system: You are a helpful assistant.
user:
Analyze the provided spectrum to determine if it is a **White Dwarf (WD)**.

A White Dwarf spectrum is defined by its **extreme purity** (due to gravitational settling) and/or **extreme pressure broadening** (due to high surface gravity). You must check for one of the following mutually exclusive signatures:

- **Key Visual Indicators (Check for ONE of these types):**

    - **1. DA-Type Signature (Most Common):**
        - **(Primary Feature):** Extreme pressure broadening (Stark broadening) of the **Hydrogen (H) Balmer lines**.
        - **(Key Lines):** $H\beta$ (approx. $4861$ Å) and $H\gamma$ (approx. $4340$ Å). $H\alpha$ (approx. $6563$ Å) will also be present if the wavelength range covers it.
        - **(Line Profile):** This is the **defining feature**. The lines are **NOT** sharp. They appear as massive, **extremely broad and deep "troughs" or "dips"** in the spectrum, often hundreds of Ångströms wide. The continuum will appear to "scoop" down at these wavelengths.
        - **(Distinction):** Normal A-type or B-type stars have *narrow* and *sharp* Hydrogen lines. A DA White Dwarf's lines are unmistakably "smeared" or "blurry" from pressure.

    - **2. DB-Type Signature:**
        - **(Primary Feature):** Broad absorption lines from **Neutral Helium (He I)**. The spectrum must lack any visible Hydrogen lines.
        - **(Key Lines):** Look for broad absorption near $4471$ Å, $4921$ Å, and $5876$ Å.
        - **(Line Profile):** These lines are also significantly pressure-broadened, appearing much wider than they would in a normal B-type main-sequence star.

    - **3. DC-Type Signature:**
        - **(Primary Feature):** A **featureless continuous spectrum**.
        - **(Line Profile):** The spectrum is a smooth curve with **no significant absorption or emission lines**.
        - **(Key Confirmation):** The continuum is almost always **blue or white**, indicating a hot object. This signature implies the atmosphere is so pure (or so cool) that no spectral lines are visible in the optical range. Its WD identity is confirmed by its extremely low intrinsic brightness (high absolute magnitude).

    - **4. DZ-Type Signature (Metal-Polluted):**
        - **(Primary Feature):** **Isolated, narrow metal absorption lines** on an otherwise featureless (DC-like) continuum.
        - **(Key Lines):** The **Calcium (Ca II) H & K doublet** (approx. **$3934$ Å** and **$3968$ Å**) is the most common and defining feature.
        - **(Line Profile):** These lines are "out of place." They are *not* part of a "forest" of thousands of lines. This signature is evidence of recent *accretion* (pollution) from rocky debris.
        - **(Distinction):** Normal G/K/M stars have a *dense forest* of thousands of metal lines. A DZ has a *clean* continuum with *only a few* strong metal lines.

    - **5. DQ-Type Signature (Carbon-Polluted):**
        - **(Primary Feature):** Absorption bands from **Carbon (C₂ "Swan Bands" or atomic C I)**.
        - **(Key Lines - C₂):** Look for bandheads with a "saw-tooth" shape near $5635$ Å, **$5165$ Å** (strongest), and $4737$ Å.
        - **(Key Confirmation):** The underlying **continuum must be blue or white** (hot).
        - **(Distinction):** This is the critical difference from a **Carbon Star**, which has the *exact same* C₂ bands but on an extremely **red, cool** continuum.

- **(Overall Spectrum):**
    - The continuum (overall shape) is typically **blue-sloping** (brighter in the blue than the red), as most white dwarfs are very hot.
    - The spectrum will look "pure" or "simple," dominated by only *one* of the five signatures listed above.

Think first, call **spectral_visualization_tool** if needed to examine features in detail, then provide your final answer. Your response must adhere to the following strict rules:
1.  **Overall Structure:** Your response must follow the format `<think>...</think> <tool_call>...</tool_call> (if a tool is used) <answer>...</answer>`.
2.  **Tool Usage Constraint:** You may only make **one** tool call per turn.
3.  **Final Answer Format:** In the `<answer>` tag, your conclusion must be inside a `\boxed{}` command (e.g., `\boxed{YES}` or `\boxed{NO}`), followed by your justification.

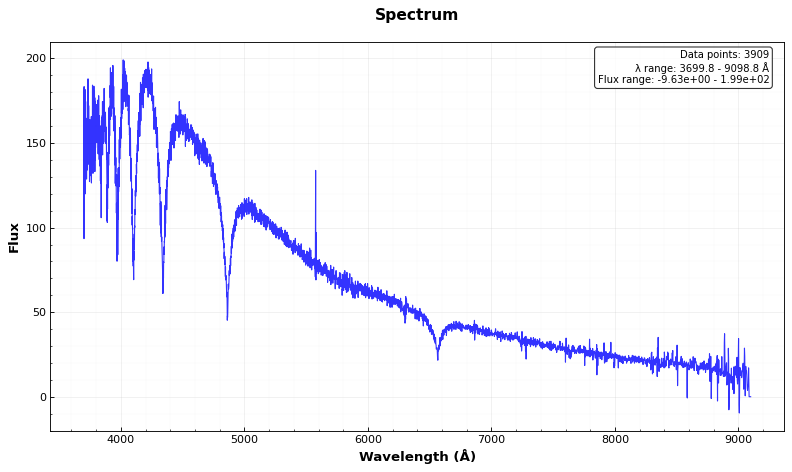
Answer: YES